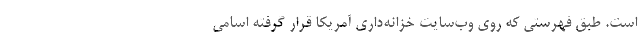
است. طبق فهرستی که روی وب‌سایت خزانه‌داری آمریکا قرار گرفته اسامی